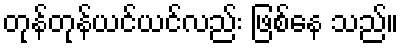
တုန်တုန်ယင်ယင်လည်း ဖြစ်နေ သည်။